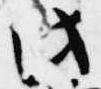
此